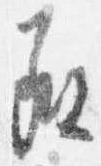
承